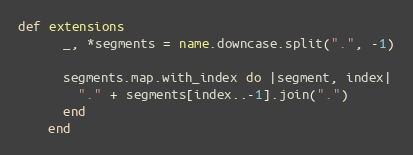
Language: Ruby
def extensions
      _, *segments = name.downcase.split(".", -1)

      segments.map.with_index do |segment, index|
        "." + segments[index..-1].join(".")
      end
    end